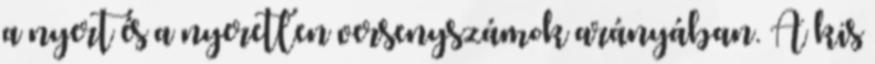
a nyert és a nyeretlen versenyszámok arányában. A kis